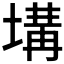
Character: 𡏞